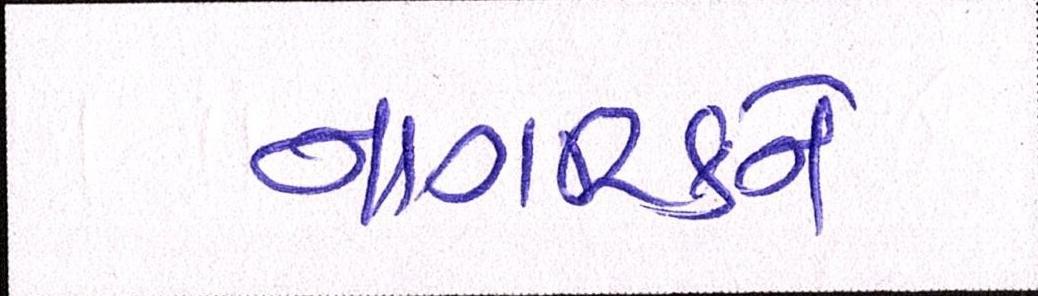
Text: નાગરિકને